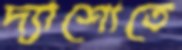
দ্যাশোতে